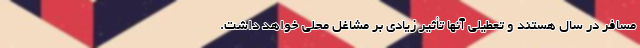
مسافر در سال هستند و تعطیلی آنها تأثیر زیادی بر مشاغل محلی خواهد داشت.